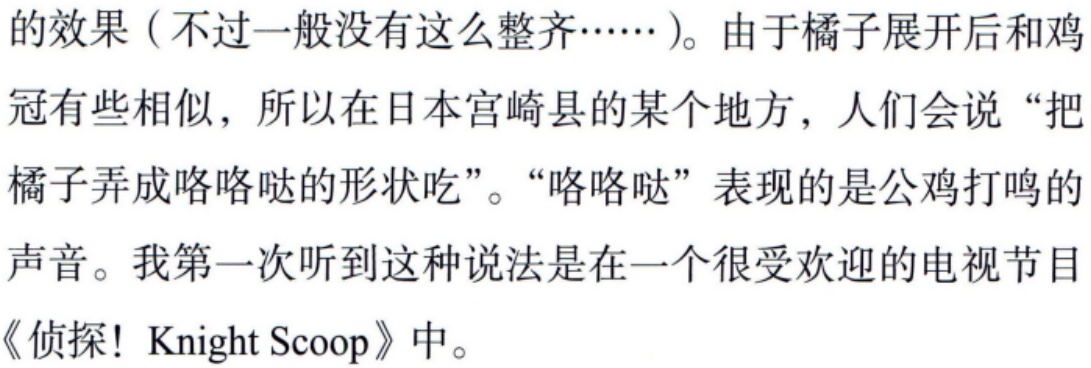
的效果（不过一般没有这么整齐……）。由于橘子展开后和鸡冠有些相似，所以在日本宫崎县的某个地方，人们会说“把橘子弄成咯咯哒的形状吃”。“咯咯哒”表现的是公鸡打鸣的声音。我第一次听到这种说法是在一个很受欢迎的电视节目《侦探！Knight Scoop》中。